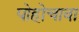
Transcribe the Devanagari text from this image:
पोहोचावा